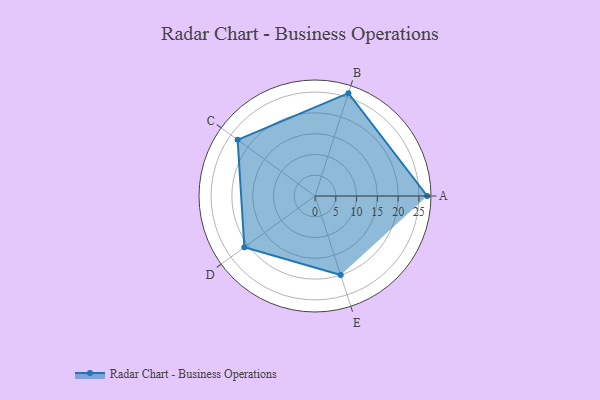
{"axis": {"x": "Skill", "y": "Score"}, "legend": ["Profile"], "data": [{"x": "A", "y": 27.0, "type": "Profile"}, {"x": "B", "y": 26.0, "type": "Profile"}, {"x": "C", "y": 23.0, "type": "Profile"}, {"x": "D", "y": 21.0, "type": "Profile"}, {"x": "E", "y": 20, "type": "Profile"}]}